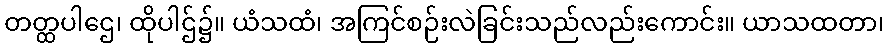
တတ္ထပါဌေ၊ ထိုပါဌ်၌။ ယံသထံ၊ အကြင်စဉ်းလဲခြင်းသည်လည်းကောင်း။ ယာသထတာ၊